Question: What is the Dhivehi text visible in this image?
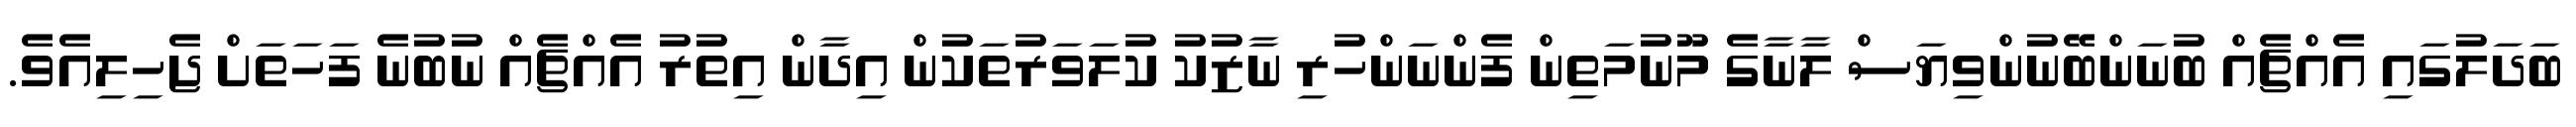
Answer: ބަދަލުގައި އެއްޗެއް ބުނަންބޭނުންވިޔަސް ލާނާގެ މޫނުމަތިން ފެންނަންހުރި ނާޒުކު ކުލަވަރުތަކުން އިދާން އިތުރު އެއްޗެއް ނުބުނެ ފަހަތަށް ޖެހިލިއެވެ.